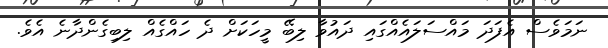
ނަމަވެސް އެފަދަ މައްސަލައެއްގައި ދައުވާ ލިބޭ މީހަކަށް ދެ ހައްގެއް ލިބިގެންދާނެ އެވެ.